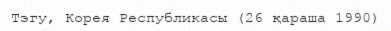
Тэгу, Корея Республикасы (26 қараша 1990)